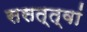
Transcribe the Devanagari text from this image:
ससत्त्वां